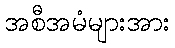
အစီအမံများအား